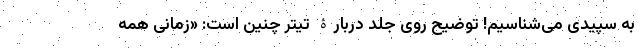
به‌ سپیدی می‌شناسیم! توضیح روی جلد دربارۀ تیتر چنین است: «زمانی همه